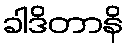
ခါဒိတာနိ